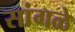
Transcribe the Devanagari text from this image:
सांगळे